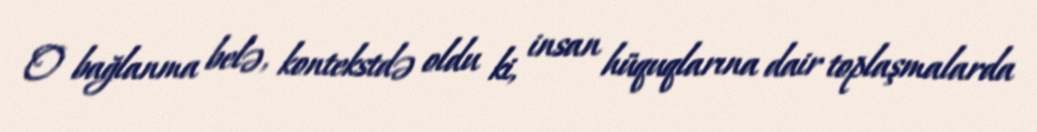
O bağlanma belə, kontekstdə oldu ki, insan hüquqlarına dair toplaşmalarda